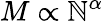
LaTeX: M\propto\mathbb{N}^{\alpha}